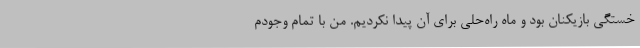
خستگی بازیکنان بود و ماه راه‌حلی برای آن پیدا نکردیم. من با تمام وجودم